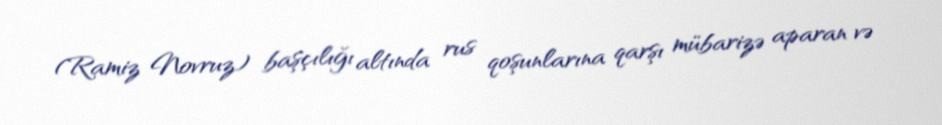
(Ramiz Novruz) başçılığı altında rus qoşunlarına qarşı mübarizə aparan və